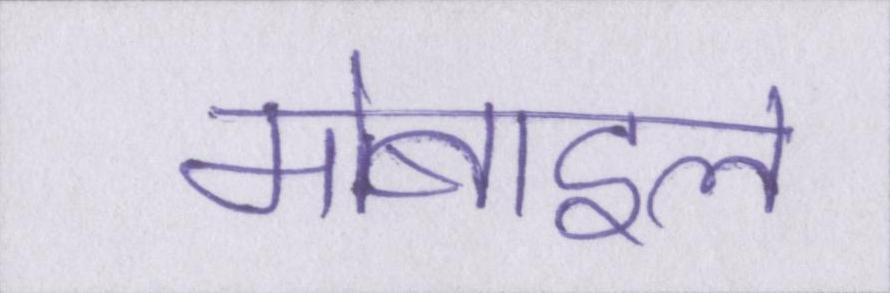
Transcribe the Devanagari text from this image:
मोबाइल